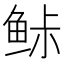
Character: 𱇨